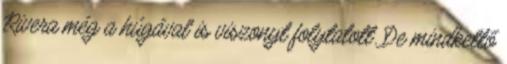
Rivera még a húgával is viszonyt folytatott. De mindkettő